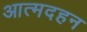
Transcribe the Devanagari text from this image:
आत्मदहन